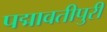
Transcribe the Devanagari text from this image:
पद्मावतीपुरी